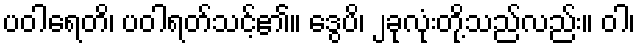
ပဝါရေတိ၊ ပဝါရတ်သင့်၏။ ဒွေပိ၊ ၂ခုလုံးတို့သည်လည်း။ ဝါ၊